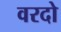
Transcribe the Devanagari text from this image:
वरदो